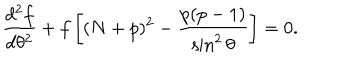
{ \frac { d ^ { 2 } f } { d \theta ^ { 2 } } } + f \left[ ( N + p ) ^ { 2 } - { \frac { p ( p - 1 ) } { \sin ^ { 2 } \theta } } \right] = 0 .